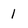
Character: 1